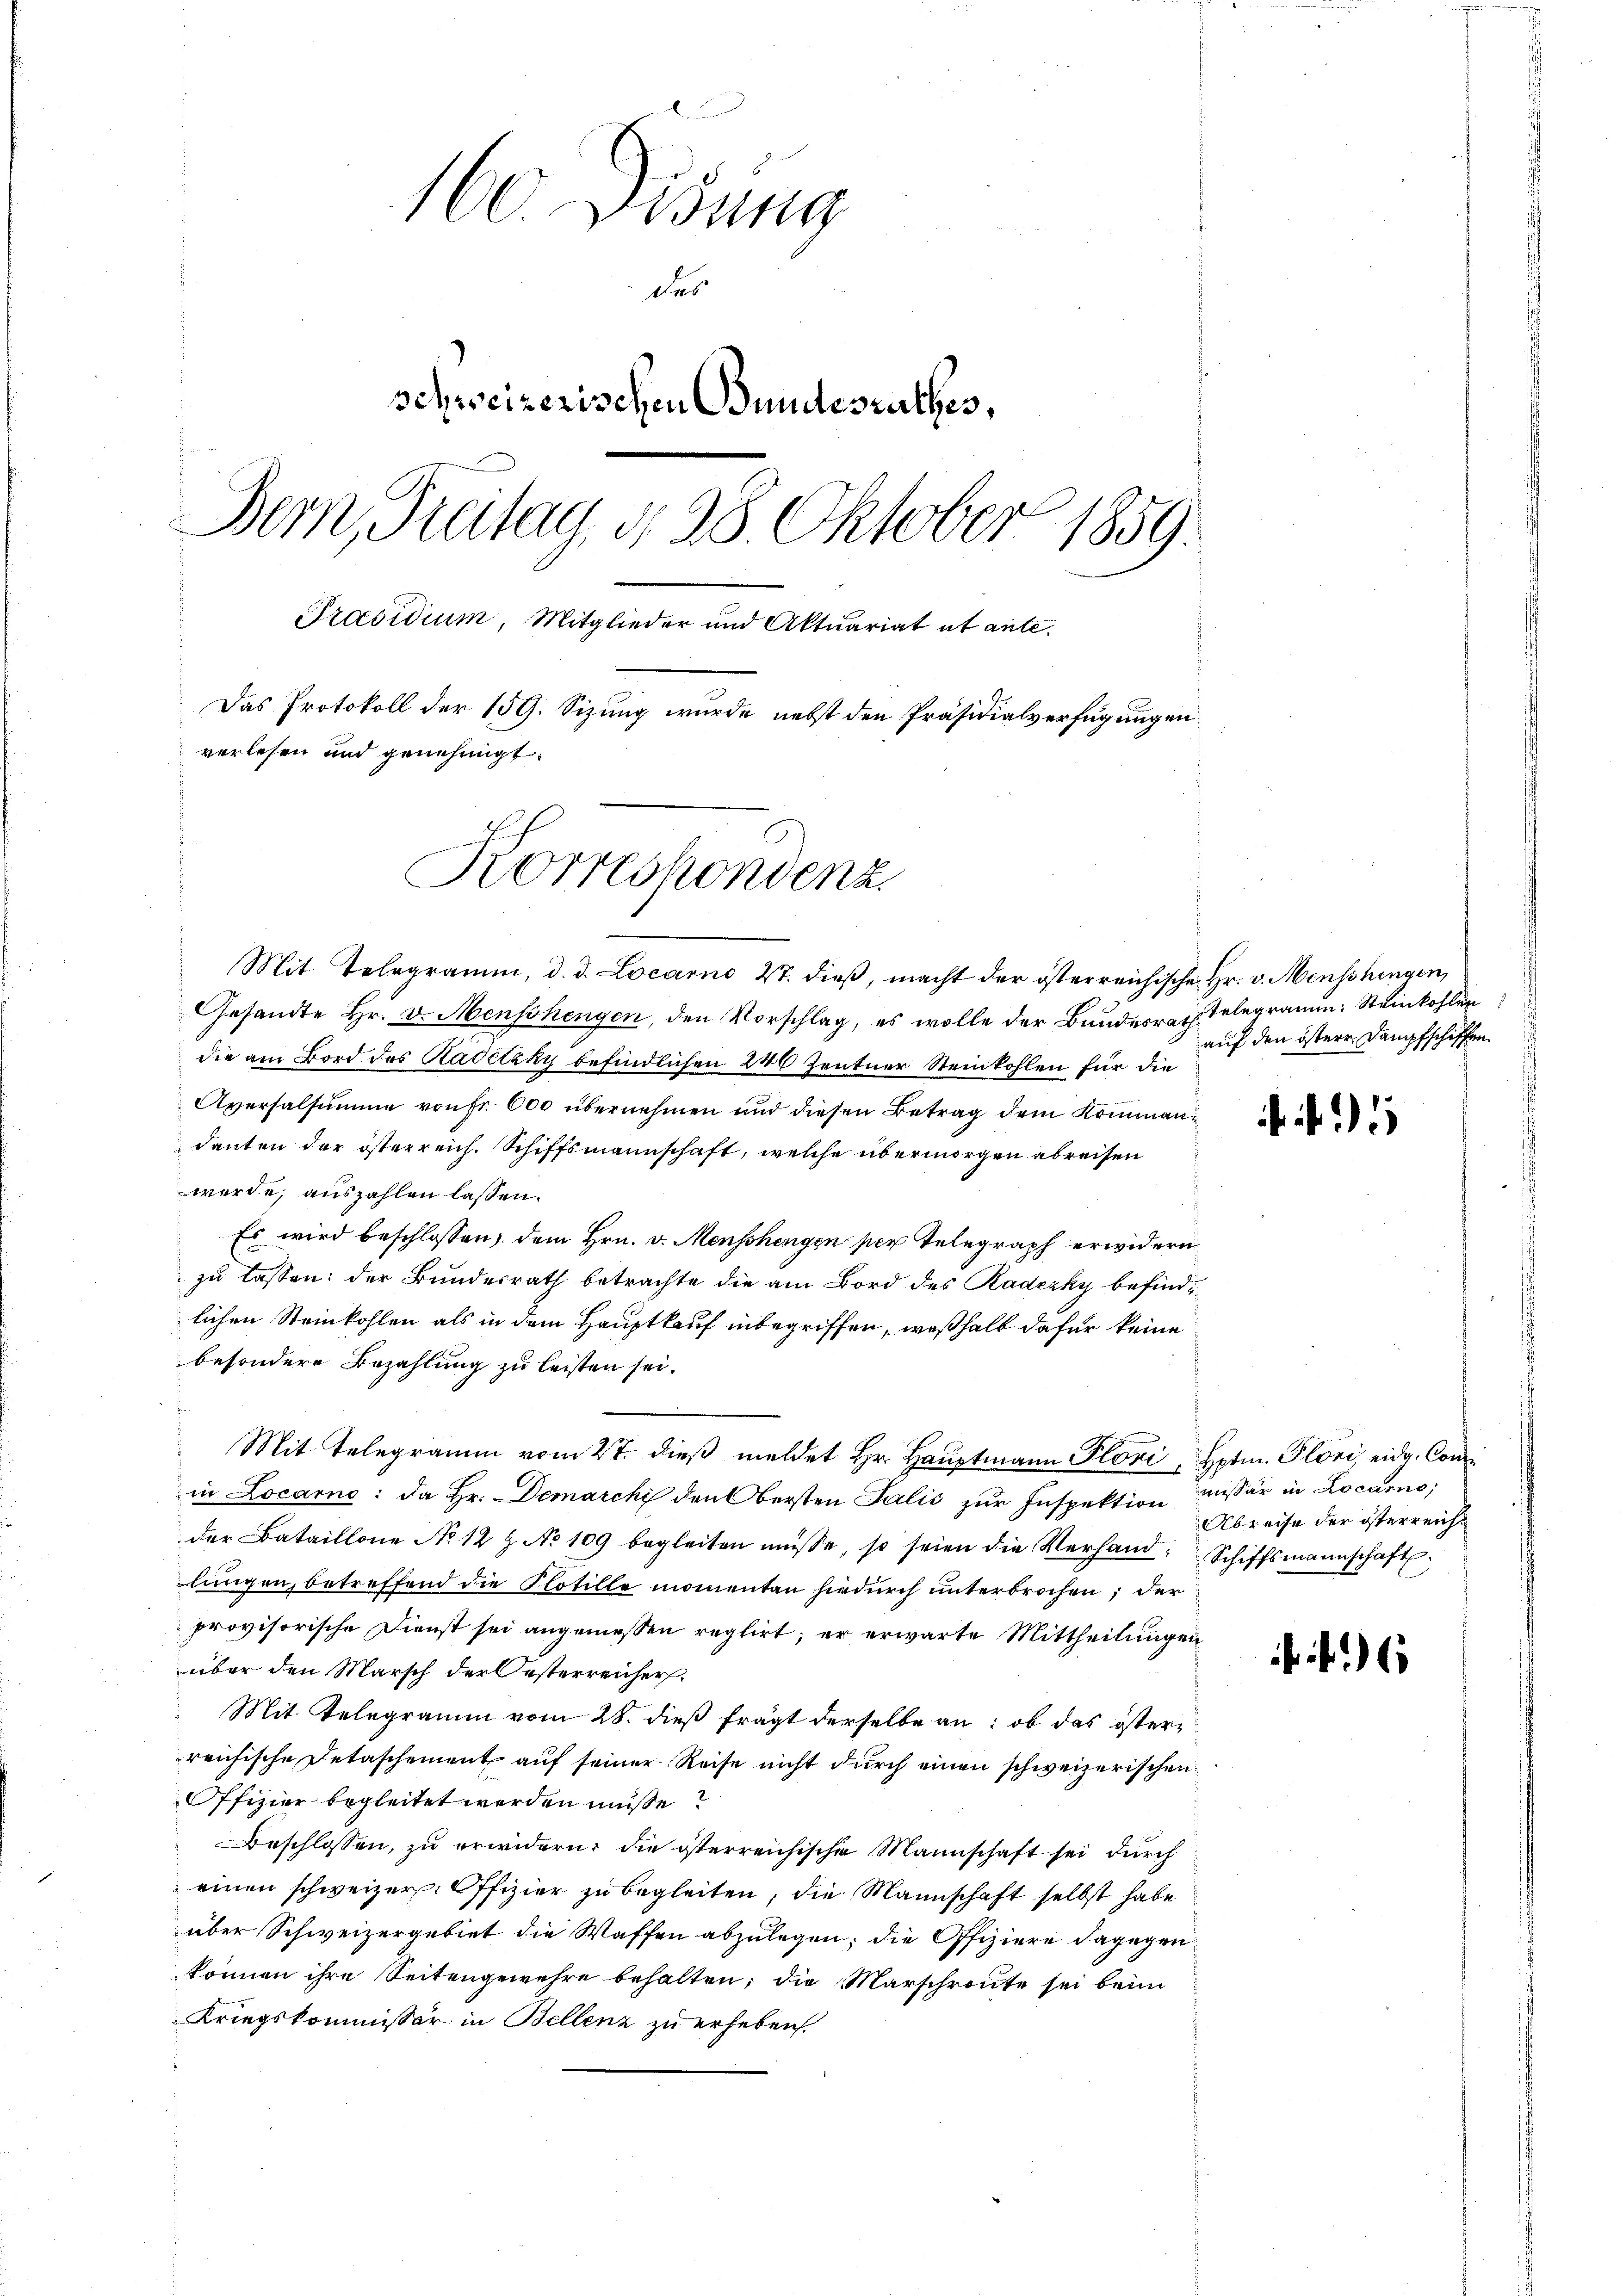
160. Disung
das
schweizerischen Gundesrathes,
Bern, Freitag, d. 28. Oktober 1859.
Präsidium, Mitglieder und Aktuariat et ante.
Das Protokoll der 159. Sizung wurde nebst den Präsidialverfügungen
vorlesen und genehmigt.
Korreshondenz

Mit Telegramm, d. d. Locarno 27. dieβ, macht der österreichische Hr. v. Mensshingen,
Gesandte Hr. v. Menschengen, den Vorschlag, es wolle der Bundesrath Telegramm: Steinkohlen
die am Bord des Kadetzky befindlichen 240 Zentner Steinkohlen für die
Aversalsumme von Fr. 600 übernehmen und diesen Betrag dem Kommandanten der österreich. Schiffsmannschaft, welche übermorgen abreisen
werde, auszahlen lassen.
Es wird beschlossen, dem Hrn. v. Menschengen per Telegraph erwidern
zu lassen: der Bundesrath betrachte die am Bord des Radrzky befindlichen Steinkohlen als in dem Hauptkauf inbegriffen, weßhalb dafür keine
besondere Bezahlung zu leisten sei.
Mit Telegramm vom 27. dieβ meldet Hr. Haŭptmann Flori, Hptm. Flori, eidg. Conin Locarno: Da Hr. Demarchi den Obersten Talić zur Inspektion missär in Locarno,
der Bataillone No 12 Z No 109 begleiten müsse, so seien die Verhand: Schiffsmannschaft.
lungen, betreffend die Notille momentan hiedurch unterbrochen; der
provisorische Dienst sei angemessen reglirt; er erwarte Mittheilungen
über den Marsch der Oesterreicher.
Mit Telegramm vom 28. dieß fragt derselbe an: ob das öster
reichische Detaschement auf seiner Reise nicht durch einen schweizerischen
Offizier begleitet werden müsse?
Beschlossen, zŭ erwidern, die österreichische Mannschaft sei dŭrch
einen schweizer. Offizier zu begleiten, die Mannschaft selbst habe
über Schweizergebiet die Waffen abzulegen; die Offiziere dagegen
können ihre Seitengewehre behalten; die Marschroute sei beim
Kriegskommissär in Bellenz zu erheben.

auf den östere Dampfschiffen

. f.

Abreise der österreich¬